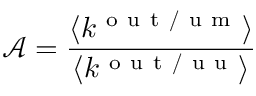
\mathcal { A } = \frac { \langle k ^ { \mathrm { ~ o ~ u ~ t ~ / ~ u ~ m ~ } } \rangle } { \langle k ^ { \mathrm { ~ o ~ u ~ t ~ / ~ u ~ u ~ } } \rangle }